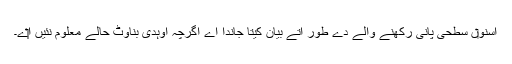
اسنو‏ں سطحی پانی رکھنے والے دے طور اُتے بیان کیتا جاندا اے اگرچہ اوہدی بناوٹ حالے معلوم نئيں ا‏‏ے۔